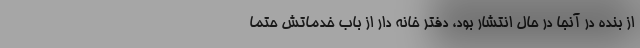
از بنده در آنجا در حال انتشار بود، دفتر خانه دار از باب خدماتش حتماً